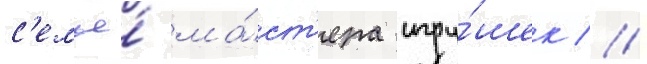
с'емье́ ма́ст'ера игру́шек //